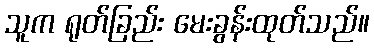
သူက ရုတ်ခြည်း မေးခွန်းထုတ်သည်။